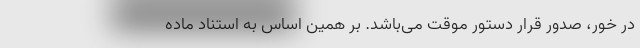
در خور، صدور قرار دستور موقت می‌باشد. بر همین اساس به استناد ماده